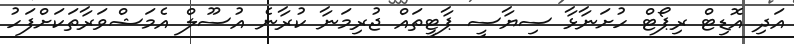
އަދި އޮޑިޓް ރިޕޯޓް ހުށަނާޅާ ސިޔާސީ ޕާޓީތައް ޖުރިމަނާ ކުރާނެ އުސޫލް އެމަޝްވަރާތަކަށްފަހު